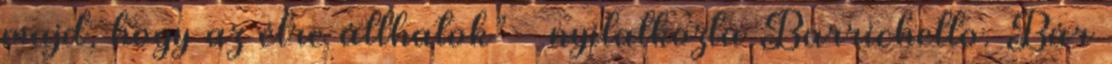
majd, hogy az élre állhatok” – nyilatkozta Barrichello. Bár